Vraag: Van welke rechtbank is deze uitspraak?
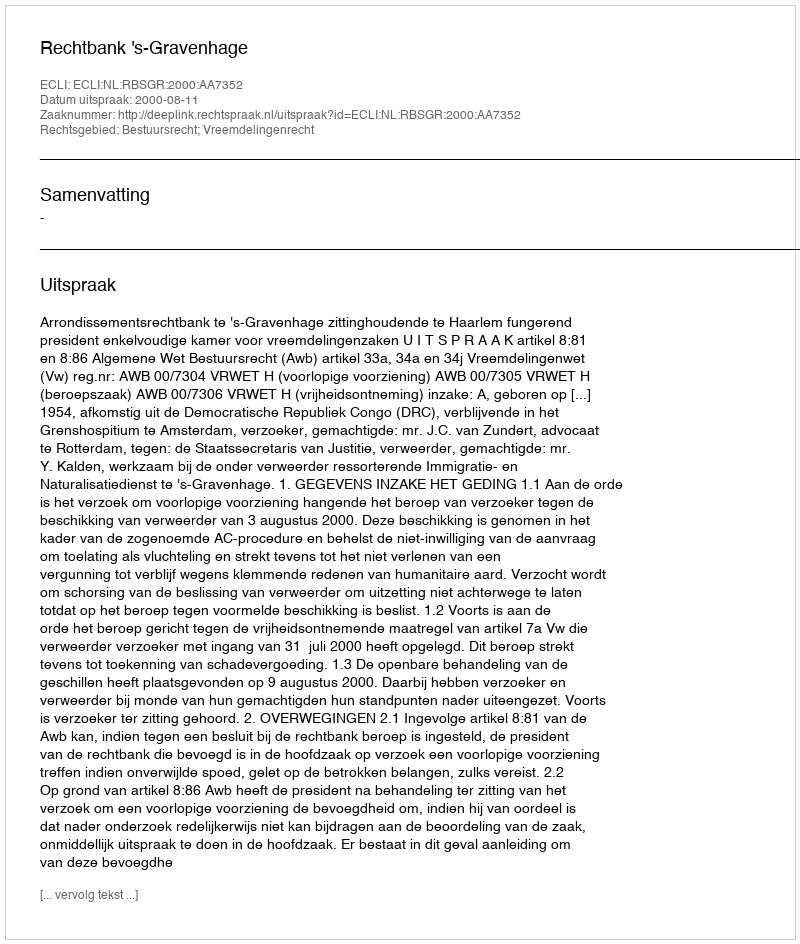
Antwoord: Rechtbank 's-Gravenhage